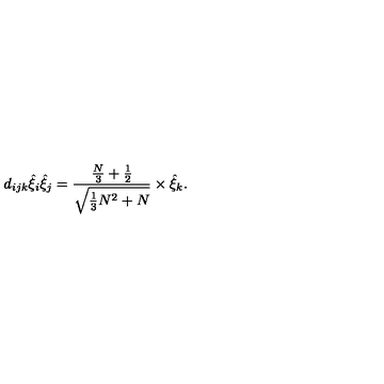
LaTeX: d _ { i j k } \hat { \xi } _ { i } \hat { \xi } _ { j } = \frac { \frac { N } { 3 } + \frac { 1 } { 2 } } { \sqrt { \frac { 1 } { 3 } N ^ { 2 } + N } } \times \hat { \xi } _ { k } .